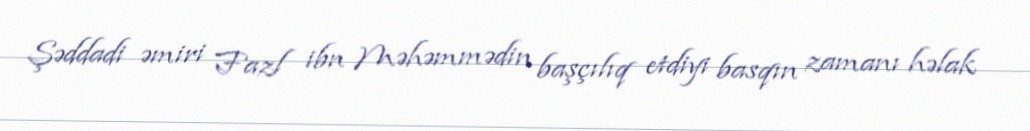
Şəddadi əmiri Fazl ibn Məhəmmədin başçılıq etdiyi basqın zamanı həlak